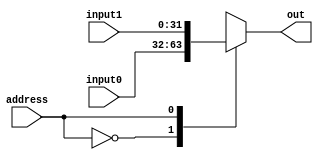
module mux2
(
output[31:0]   out,
input          address,
input[31:0]    input0, input1
);

  wire[31:0] mux[1:0];

  assign mux[0] = input0;
  assign mux[1] = input1;
  assign out = mux[address];
endmodule

module mux4
(
output[31:0]    out,
input[1:0]      address,
input[31:0]     input0, input1, input2, input3
);

  wire[31:0] mux[3:0];         // Create a 2D array of wires

  assign mux[0] = input0;       // Connect the sources of the array
  assign mux[1] = input1;
  assign mux[2] = input2;
  assign mux[3] = input3;
  assign out = mux[address];    // Connect the output of the array
endmodule

module multiplexer(
    output out,
    input[2:0] address,
    input[7:0] in
);

    wire[2:0] naddress;
    wire[7:0] outputs;

    not(naddress[0], address[0]);
    not(naddress[1], address[1]);
    not(naddress[2], address[2]);

    and(outputs[0], naddress[2], naddress[1], naddress[0], in[0]);
    and(outputs[1], naddress[2], naddress[1], address[0], in[1]);
    and(outputs[2], naddress[2], address[1], naddress[0], in[2]);
    and(outputs[3], naddress[2], address[1], address[0], in[3]);
    and(outputs[4], address[2], naddress[1], naddress[0], in[4]);
    and(outputs[5], address[2], naddress[1], address[0], in[5]);
    and(outputs[6], address[2], address[1], naddress[0], in[6]);
    and(outputs[7], address[2], address[1], address[0], in[7]);

    or(out, outputs[7], outputs[6], outputs[5], outputs[4], outputs[3], outputs[2], outputs[1], outputs[0]);

endmodule